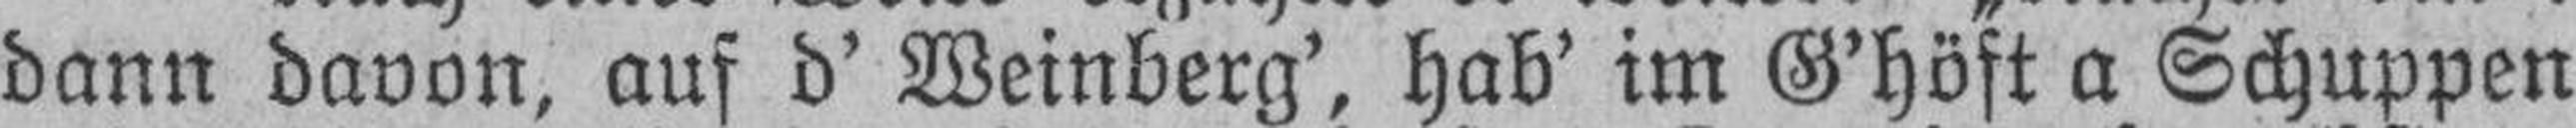
dann davon, auf d’ Weinberg’, hab’ im G’höft a Schuppen